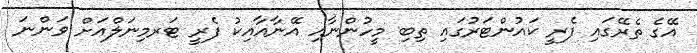
އޭގެ ތެރޭގައި ފެރީ ކައުންޓަރުގައި ތިބި މީހުންނާއި އޭނާއާއިކު ފެރީ ޓަރމިނަލްއަށް ވަންނަ